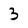
Character: 3